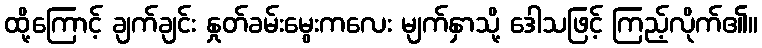
ထို့ကြောင့် ချက်ချင်း နှုတ်ခမ်းမွေးကလေး မျက်နှာသို့ ဒေါသဖြင့် ကြည့်လိုက်၏။